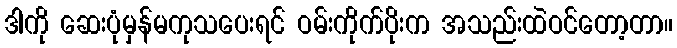
ဒါကို ဆေးပုံမှန်မကုသပေးရင် ဝမ်းကိုက်ပိုးက အသည်းထဲဝင်တော့တာ။